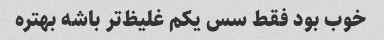
خوب بود فقط سس یکم غلیظ‌تر باشه بهتره